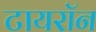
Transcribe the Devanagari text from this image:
टायराॅन